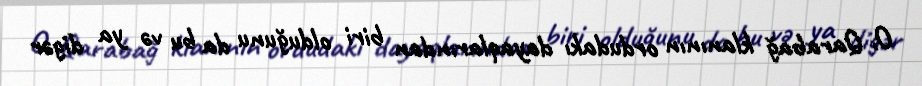
O, Qarabağ klanının ordudakı dayaqlarından biri olduğunu da bu və ya digər